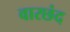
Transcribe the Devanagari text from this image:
वारछंद